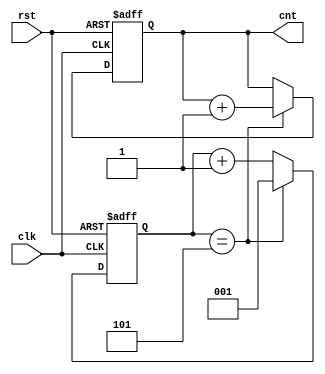
module repeat5 (clk,rst,cnt);
input clk,rst;
output [1:0] cnt;
wire [2:0] b1,b2;
wire s1;
wire [1:0] b3,b4;
reg [2:0] mod5;
reg [1:0] cnt;
assign b1 = mod5+1;
assign s1 = (mod5==5 );
assign b3 = cnt + 1;
assign b4 = s1 ? b3 : cnt;
assign b2 = s1 ? 1 : b1;
always @(posedge clk, posedge rst)
begin
if (rst) mod5<=1;
else mod5<=b2;
end
always @(posedge rst or posedge clk)
begin
if (rst) cnt<=0;
else cnt<=b4;
end
endmodule